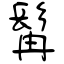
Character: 髯